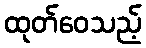
ထုတ်ဝေသည့်